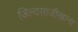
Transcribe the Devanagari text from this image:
जिल्दसाजीखाना